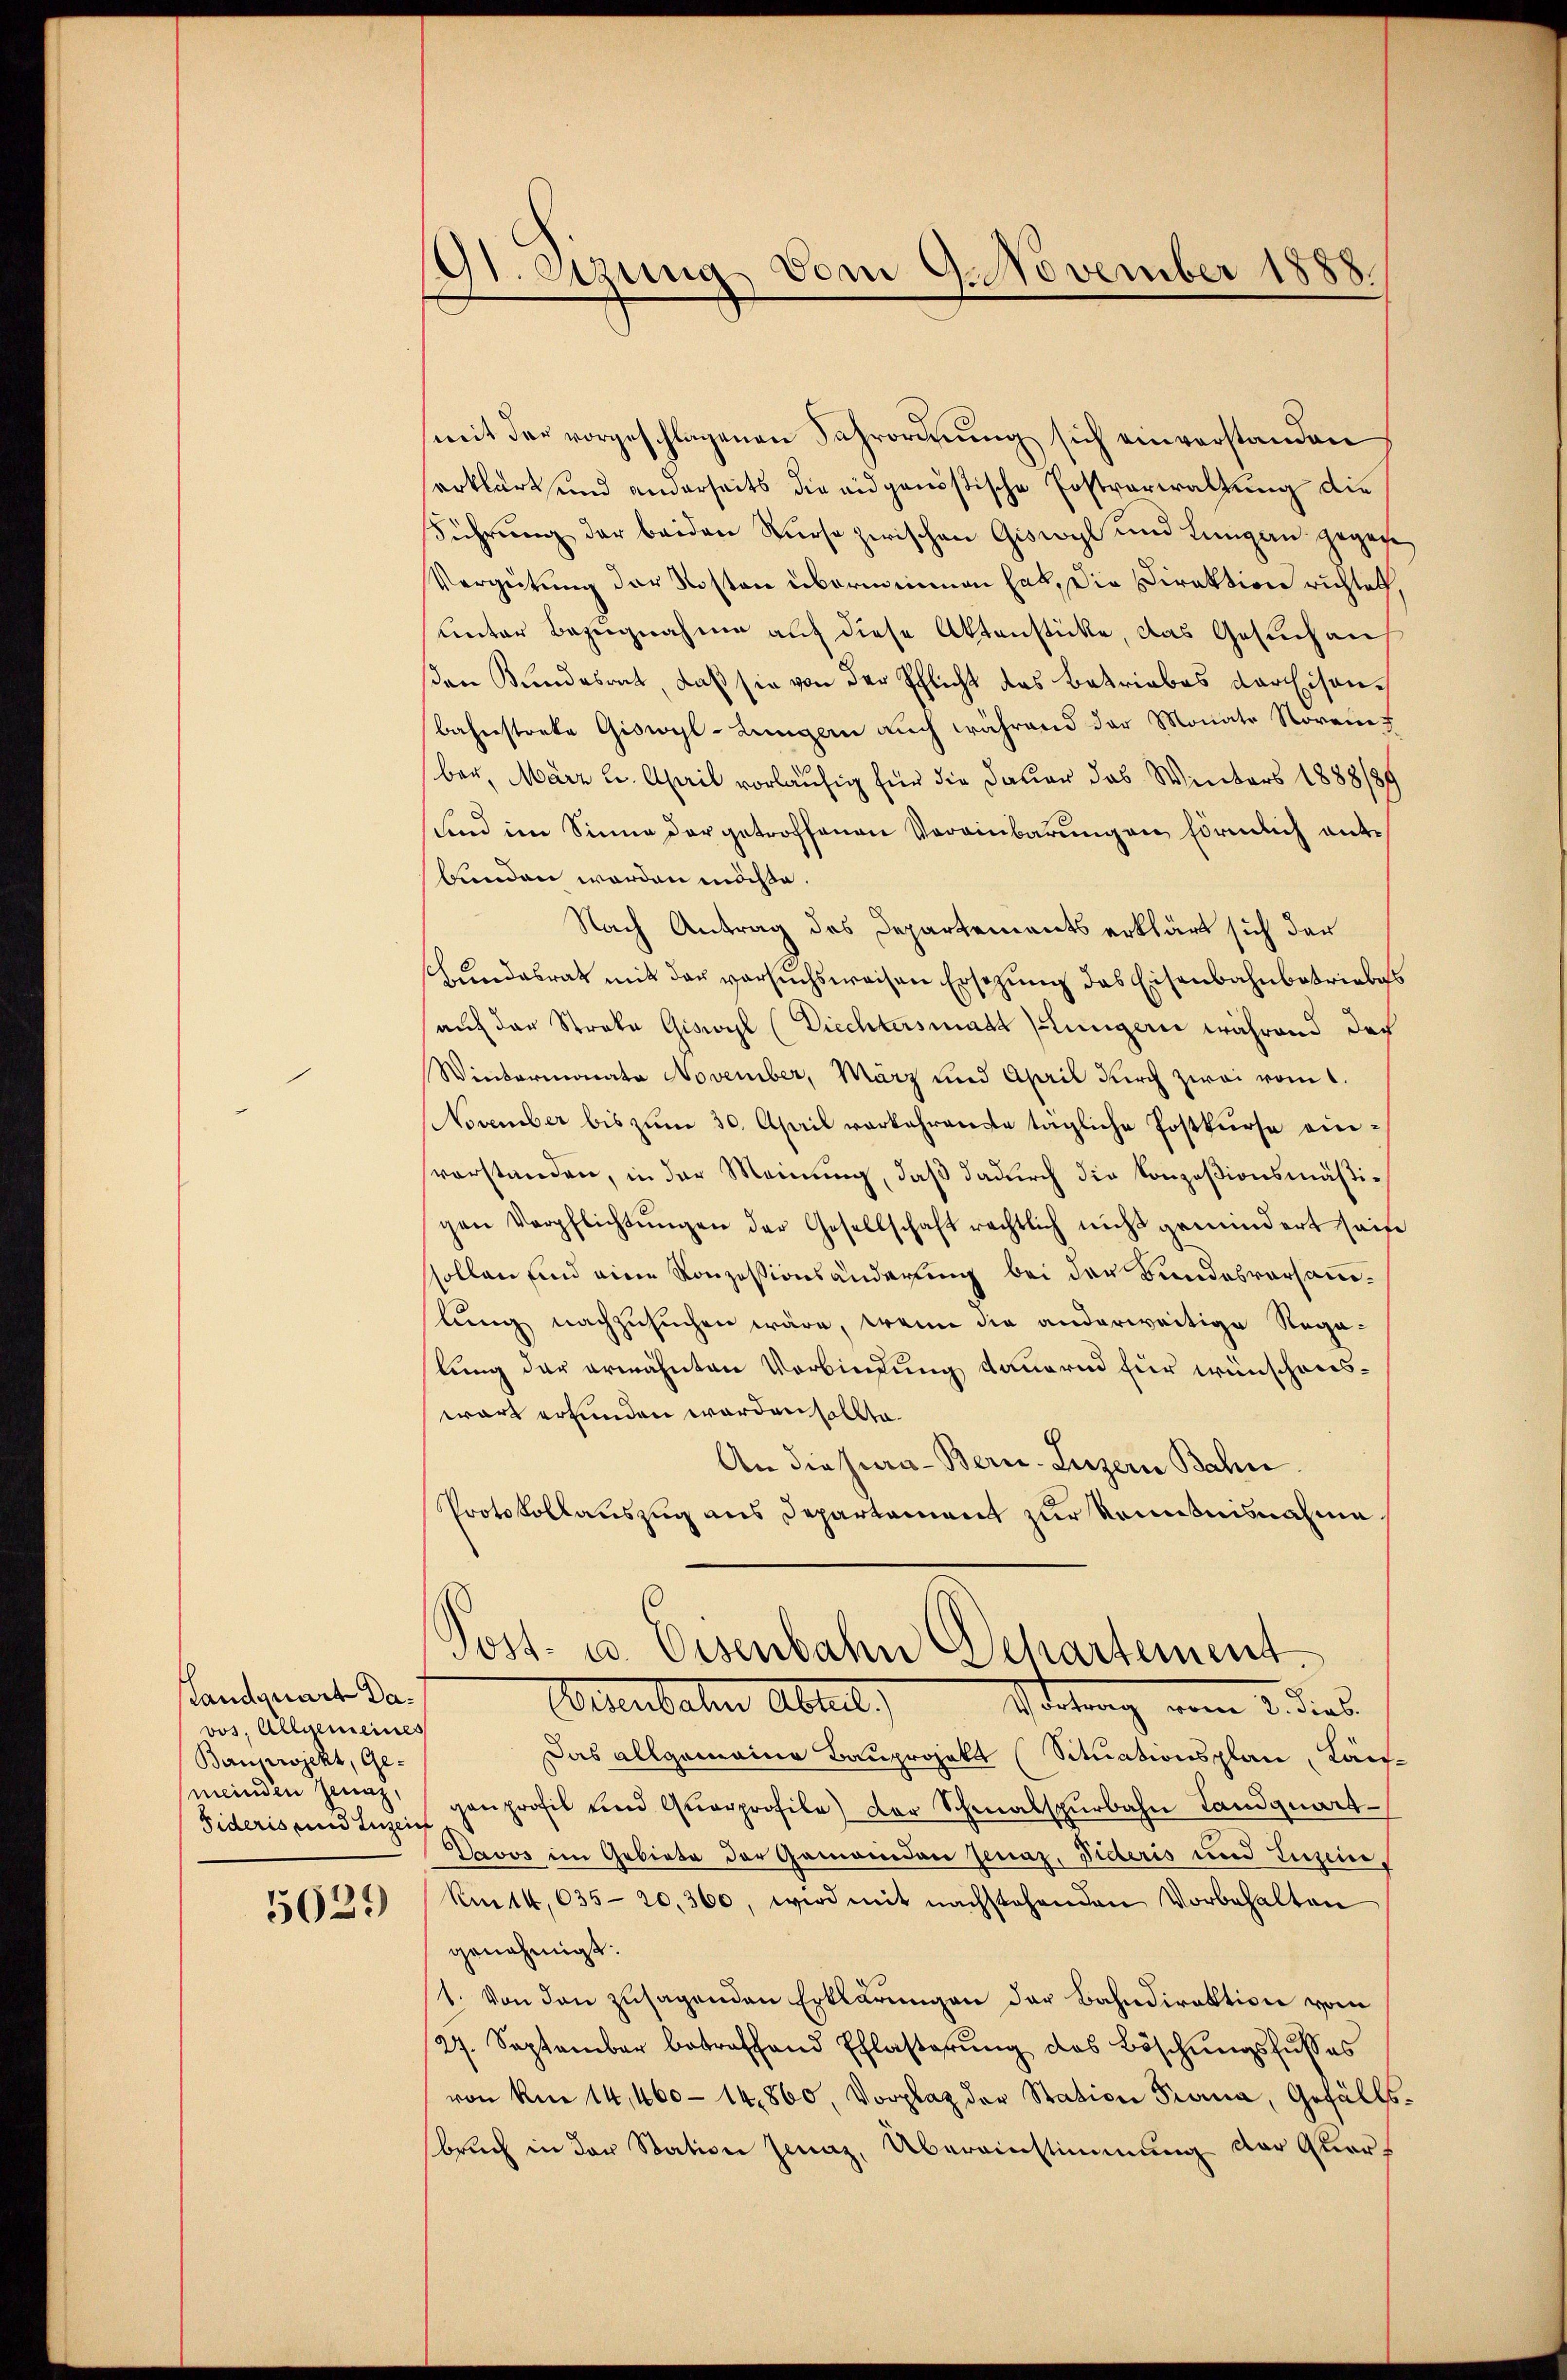
andquart Davos, Allgemeines
Banprojekt, Ge-
(meinden Jenaz,
Sideris und Anzei

5029

dt. Ozung vom 9. November 1888.

mit der vorgeschlagenen Fahrordnung sich einverstanden
erklärt und anderseits die eidgenößische Postverwaltung die
Führŭng der beiden Kurse zwischen Giswyl und Lingan gegen
Vergütung der Kosten überminen hat, die Direktion richtet,
unter Bezugnahme auf diese Aktenstücke, das Gesuch aus
sen Bundesrat, daß sie von der Pflicht des Betriebes Kaisenbahnstreke Giswyl-Lungern aŭch während der Monats Noreinf
ber, März u. April vorläufig für die Dauer das Winters 1888/89
und im Sinne der getroffenen Vereinbarungen förmlich entbunden worden möchte.
Nach Antrag des Departements erklärt sich der
Bundesrat mit der versuchsweisen Ersezung das Eisenbahnbetriebes
auf der Streke Giswyl (Diechterstadt Jungern während der
Wintermonata November, März und April Kirch zwai vom 1.
November bis zŭm 30. April vorkehrende tägliche Postkurse einvorstanden, in der Meinung, daß dadurch die Konzesionsmäßigen Verpflichtŭngen der Gesellschaft rechtlich nicht gemindert saite
sollen und eine Konzessionsänderung bei der Bundesvorsamlung nachzusuchen wäre, wenn die anderweitige Rega-
lung der erwähnten Verbindung dauernd für wünschenswart erfunden worden sollte.
An die jura - Bern. Luzern Bahn
Protokollauszug aus Departament zur Kenntnisnahme

Post- u. Eisenbahn Departement.

Osenbaten Abteil,
Wietung vom 1. dies
Das allgemeine Bauprojekt (Situationsplan, Kaufganprofil und Quarprofile) der Schmalspurbahn Landquart
Davos im Gebiete der Gemeinden Jenaz, Fideris und Luzine,
Am 14,035-20,300, wird mit nachstehenden Vorbehalten
genehmigt.
1. Von den zusagenden Erklärungen der Bahndirektiven vom
27. September betreffend Ehlasserung des Böschungsfusses
von Am 14, 460 - 14860, Vorplaz der Station Prana, Gefällsbruch in der Station Jenaz, Übereinstimmung der Quar¬